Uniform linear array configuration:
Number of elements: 8
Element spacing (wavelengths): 0.5
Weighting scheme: binomial
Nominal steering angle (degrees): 15
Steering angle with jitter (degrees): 16.512
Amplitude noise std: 0.05
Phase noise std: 0.05

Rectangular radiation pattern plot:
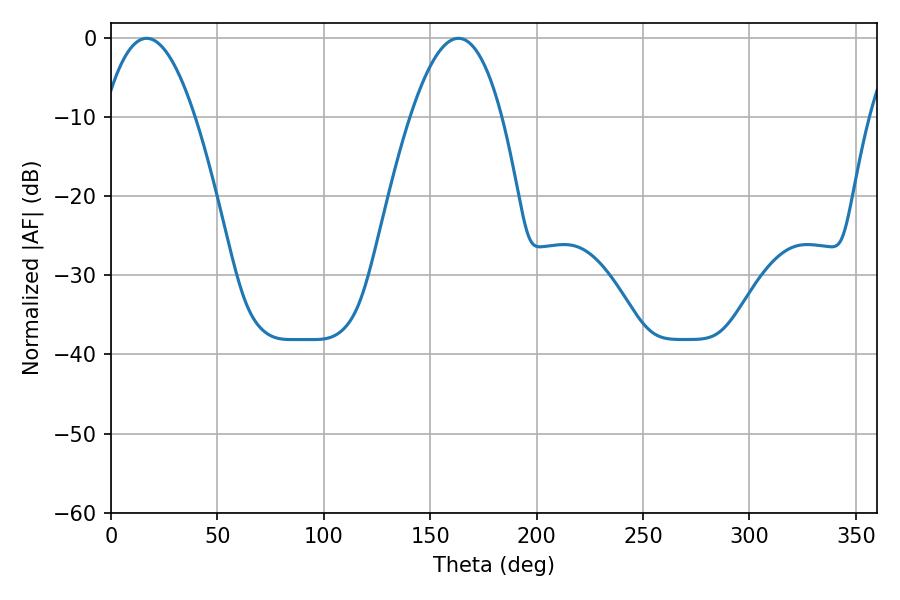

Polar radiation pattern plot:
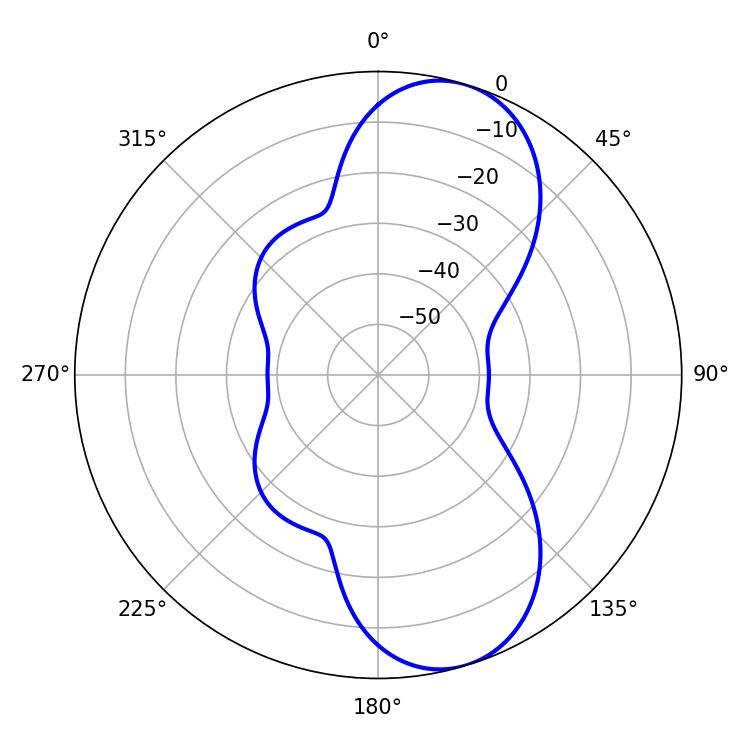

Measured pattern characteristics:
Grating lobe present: FALSE
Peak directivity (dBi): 8.86
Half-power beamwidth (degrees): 23.58
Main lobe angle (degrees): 16.74